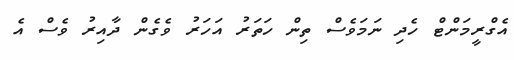
އެގްރީމަންޓް ހެދި ނަމަވެސް ތިން ހަތަރު އަހަރު ވެގެން ދާއިރު ވެސް އެ